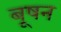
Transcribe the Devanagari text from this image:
बूषन